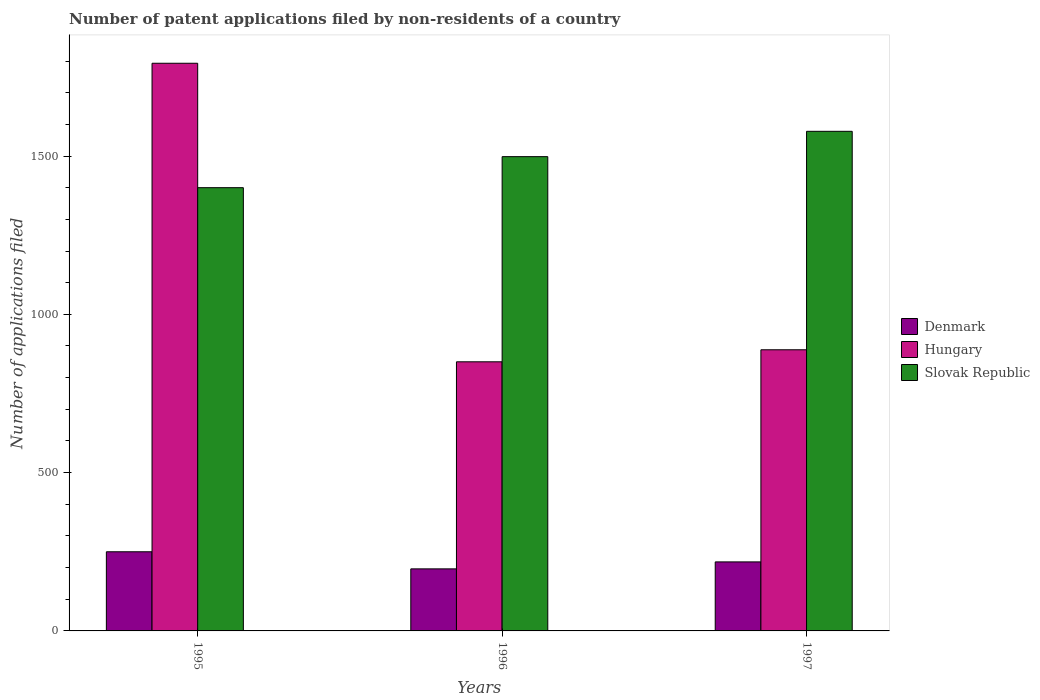
| Years | Denmark | Hungary | Slovak Republic |
 | --- | --- | --- | --- |
 | 1995 | 250 | 1.79e+03 | 1.4e+03 |
 | 1996 | 196 | 850 | 1.5e+03 |
 | 1997 | 218 | 888 | 1.58e+03 |